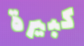
كبيرة